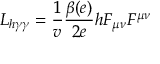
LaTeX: { \cal L } _ { h \gamma \gamma } = \frac { 1 } { v } \frac { \beta ( e ) } { 2 e } h F _ { \mu \nu } F ^ { \mu \nu }